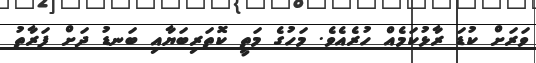
ވަރަށް ކުޑަ ރާޅުކަމެއް ހުރެއެވެ. މަހުގެ މަތީ ކޮތަރިބަޔާއި ބަނޑު ދަށް ފަރާތު